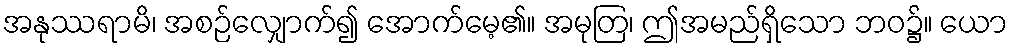
အနုဿရာမိ၊ အစဉ်လျှောက်၍ အောက်မေ့၏။ အမုတြ၊ ဤအမည်ရှိသော ဘဝ၌။ ယော